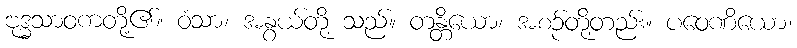
ဗုဒ္ဓသာဝကတို့၏။ ဝံသာ၊ အနွယ်တို့ သည်။ တန္တိယော၊ အစဉ်တို့တည်း။ ပဝေဏိယော၊